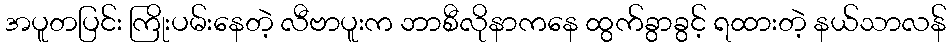
အပူတပြင်း ကြိုးပမ်းနေတဲ့ လီဗာပူးက ဘာစီလိုနာကနေ ထွက်ခွာခွင့် ရထားတဲ့ နယ်သာလန်